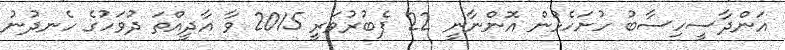
އަންދާސީހިސާބު ހުށަހެޅުން އޮންނާނީ 22 ފެބުރުވަރީ 2015 ވާ އާދީއްތަ ދުވަހުގެ ހެނދުނު